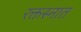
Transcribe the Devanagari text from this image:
रक्तस्नात